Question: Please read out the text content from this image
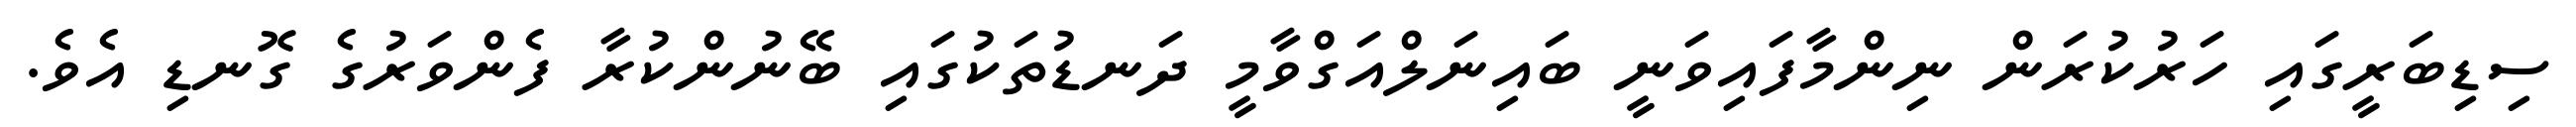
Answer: ސިޑިބަރީގައި ހަރުކުރަން ނިންމާފައިވަނީ ބައިނަލްއަގްވާމީ ދަނޑުތަކުގައި ބޭނުންކުރާ ފެންވަރުގެ ގޮނޑި އެވެ.